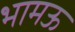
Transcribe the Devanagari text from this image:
भामऊ